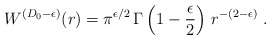
\begin{align*}W^{({D_{0}} - \epsilon)}(r) =\pi^{\epsilon/2} \,\Gamma \left(1 - \frac{\epsilon}{2} \right)\, r^{-(2 - \epsilon)}\; .\end{align*}